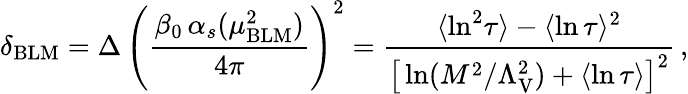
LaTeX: \delta_{\mathrm{BLM}}=\Delta\, \Bigg({\frac{\beta_{0}\, \alpha_{s}(\mu_{\mathrm{BLM}}^{2})}{4\pi}}\Bigg)^{2}={\frac{\langle\ln^{2}\! \tau\rangle-\langle\ln\tau\rangle^{2}}{\big[\ln(M^{2}/\Lambda_{\mathrm{V}}^{2})+\langle\ln\tau\rangle\big]^{2}}}\, ,